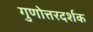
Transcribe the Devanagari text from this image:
गुणोत्तरदर्शक